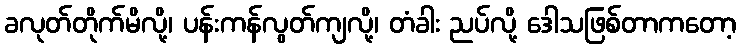
ခလုတ်တိုက်မိလို့၊ ပန်းကန်လွတ်ကျလို့၊ တံခါး ညပ်လို့ ဒေါသဖြစ်တာကတော့